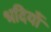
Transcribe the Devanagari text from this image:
भदियाँ